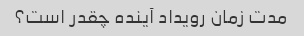
مدت زمان رویداد آینده چقدر است؟